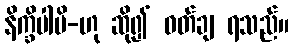
နိက္ခိပါမိ-ဟု ဆို၍ ဝတ်ချ ရသည်။